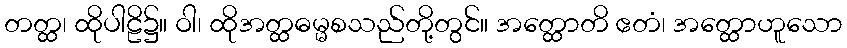
တတ္ထ၊ ထိုပါဠိ၌။ ဝါ၊ ထိုအတ္ထဓမ္မစသည်တို့တွင်။ အတ္ထောတိ ဧတံ၊ အတ္ထောဟူသော